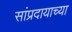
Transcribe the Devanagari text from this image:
सांप्रदायाच्या